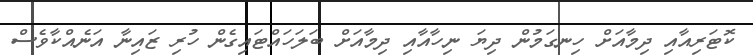
ކޮޓަރިއާއި ދިމާއަށް ހިނގަމުން ދިޔަ ނިހާއާއި ދިމާއަށް ބަލަހައްޓައިގެން ހުރި ޒައިނާ އަނެއްކާވެސް